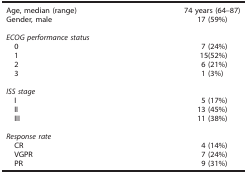
| Age, median (range) | 74 years (64–87) |
 | --- | --- |
 | Gender, male | 17 (59%) |
 |  |  |
 | <COLSPAN=2> ECOG performance status |
 | 0 | 7 (24%) |
 | 1 | 15(52%) |
 | 2 | 6 (21%) |
 | 3 | 1 (3%) |
 |  |  |
 | <COLSPAN=2> ISS stage |
 | I | 5 (17%) |
 | II | 13 (45%) |
 | III | 11 (38%) |
 |  |  |
 | <COLSPAN=2> Response rate |
 | CR | 4 (14%) |
 | VGPR | 7 (24%) |
 | PR | 9 (31%) |